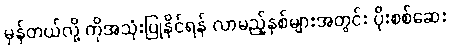
မှန်တယ်လို့ ကိုအသုံးပြုနိုင်ရန် လာမည့်နှစ်များအတွင်း ပိုးစစ်ဆေး